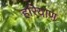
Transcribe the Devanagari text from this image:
हरियाण